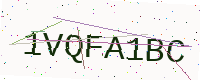
Text: 1VQFA1BC